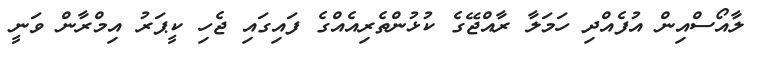
ލާއޯސްއިން އުފެއްދި ހަމަލާ ރާއްޖޭގެ ކުޅުންތެރިއެއްގެ ފައިގައި ޖެހި ކީޕަރު އިމްރާން ވަނީ